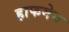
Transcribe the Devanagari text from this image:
हाफमेन